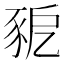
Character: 豟